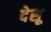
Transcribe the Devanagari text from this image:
देसू